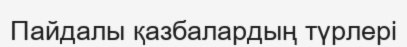
Пайдалы қазбалардың түрлері